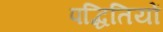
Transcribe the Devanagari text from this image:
पद्धितियों